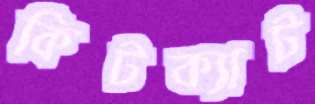
কিটক্যাট